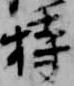
持